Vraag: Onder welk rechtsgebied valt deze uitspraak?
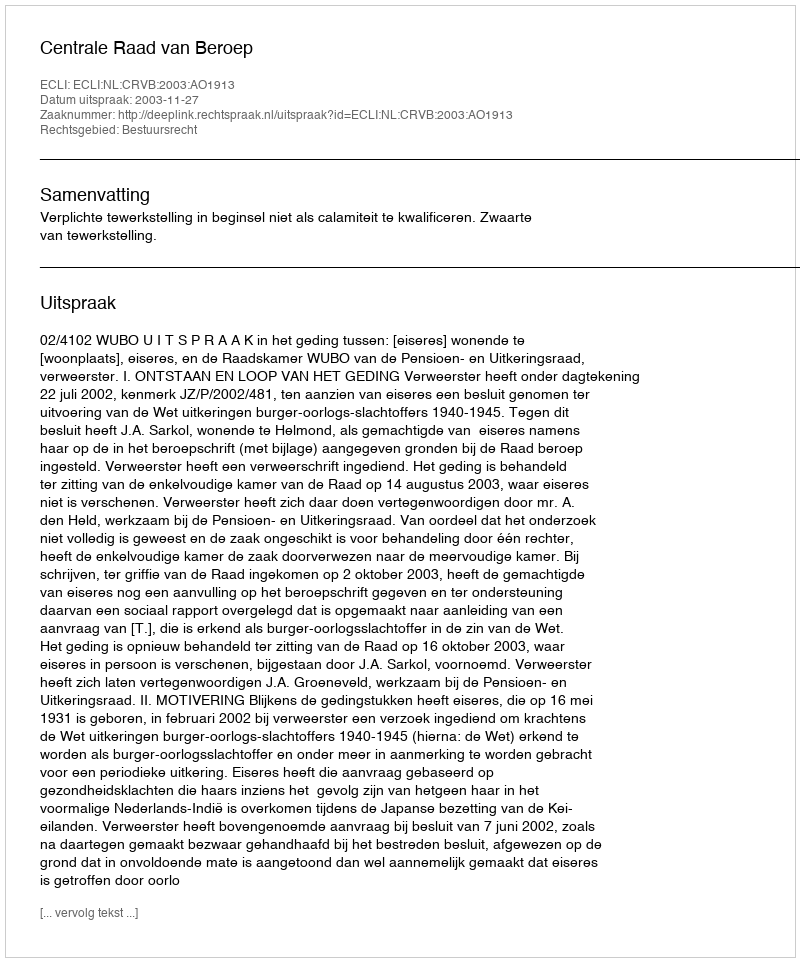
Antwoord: Bestuursrecht